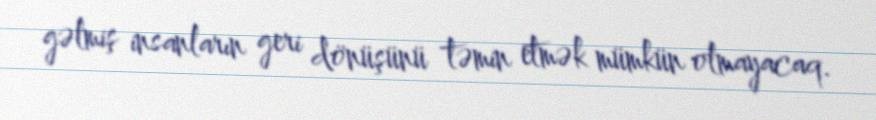
gəlmiş insanların geri dönüşünü təmin etmək mümkün olmayacaq.